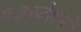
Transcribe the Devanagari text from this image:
६३स्टेशनों